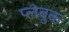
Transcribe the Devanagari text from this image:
प्लेबुक